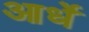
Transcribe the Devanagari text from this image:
आर्धे